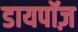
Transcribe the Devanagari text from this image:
डायपॉज़